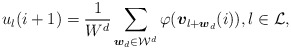
\begin{align*} u_{l}(i+1) = \frac{1}{W^{d}}\sum_{\boldsymbol{w}_{d}\in\mathcal{W}^{d}}\varphi(\boldsymbol{v}_{l+\boldsymbol{w}_{d}}(i)), l\in\mathcal{L}, \end{align*}